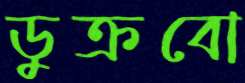
ডুক্‌রবো